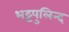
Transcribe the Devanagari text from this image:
भट्टपुलिन्द